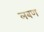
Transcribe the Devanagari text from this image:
लबण